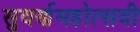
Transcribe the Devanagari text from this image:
सुवर्णमहोत्‍सवी